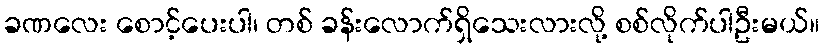
ခဏလေး စောင့်ပေးပါ၊ တစ် ခန်းလောက်ရှိသေးလားလို့ စစ်လိုက်ပါဦးမယ်။